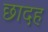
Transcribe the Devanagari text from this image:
छादह